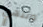
وننهي